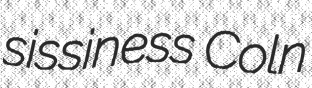
sissiness Coln